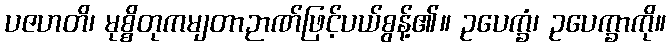
ပဇဟတိ၊ မုစ္စိတုကမျတာဉာဏ်ဖြင့်ပယ်စွန့်၏။ ဥပေက္ခံ၊ ဥပေက္ခာကို။